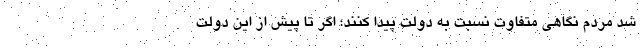
شد مردم نگاهی متفاوت نسبت به دولت پیدا کنند؛ اگر تا پیش از این دولت